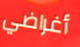
أغراضي